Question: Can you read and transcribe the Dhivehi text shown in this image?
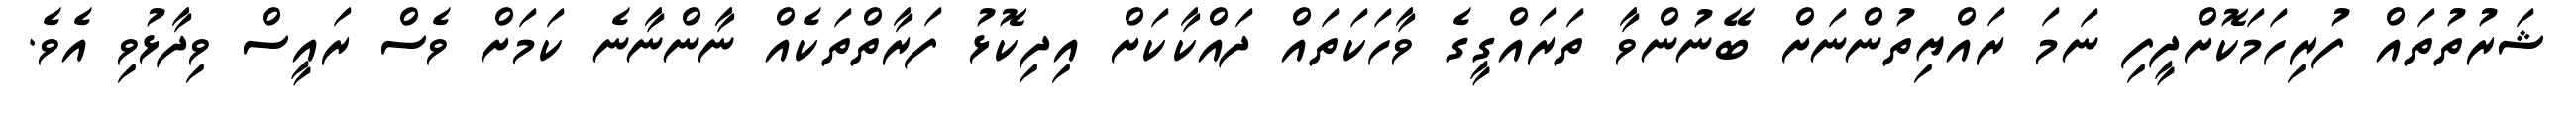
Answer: ޝަރުތުތައް ފުރިހަމަކޮށްދީފި ނަމަ ރައްޔިތުންނަށް ބޭނުންވާ ތަރައްގީގެ ވާހަކަތައް ދައްކާކަށް އިދިކޮޅު ފަރާތްތަކެއް ނާންނާނެ ކަމަށް ވެސް ރައީސް ވިދާޅުވި އެވެ.